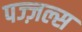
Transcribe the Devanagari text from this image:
पज्ज़ल्स